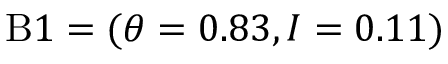
\mathrm { B } 1 = ( \theta = 0 . 8 3 , I = 0 . 1 1 )